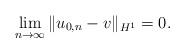
LaTeX: \begin{align*}\lim_{n\rightarrow \infty} \|u_{0,n} -v\|_{H^1} =0.\end{align*}